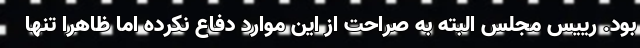
بود. رییس مجلس البته به صراحت از این موارد دفاع نکرده اما ظاهرا تنها